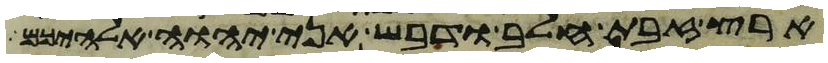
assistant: ארץ זבת חלב ודבש אני יהוה אלהיכם